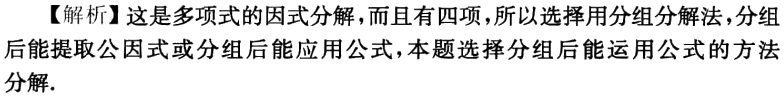
【解析】这是多项式的因式分解，而且有四项，所以选择用分组分解法，分组后能提取公因式或分组后能应用公式，本题选择分组后能运用公式的方法分解.